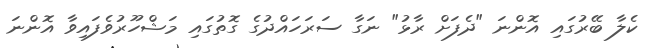
ކެލާ ބޭރުގައި އޮންނަ "ދެފަށް ރާޅު" ނަގާ ސަރަހައްދުގެ ގޮތުގައި މަޝްހޫރުވެފައިވާ އޮންނަ